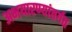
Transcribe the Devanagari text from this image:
अभयारण्यांतर्गत